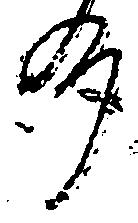
州